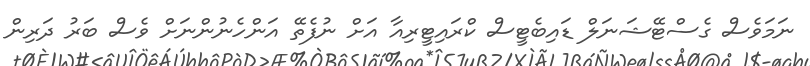
ނަމަވެސް ގެސްޓޭޝަނަލް ޑައިބެޓީސް ކްރައިޓީރިއާ އަށް ނުފެތޭ އަންހެނުންނަށް ވެސް ބަރު ދަރިން